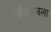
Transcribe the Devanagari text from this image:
शॅकल्टनला